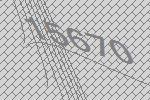
15670